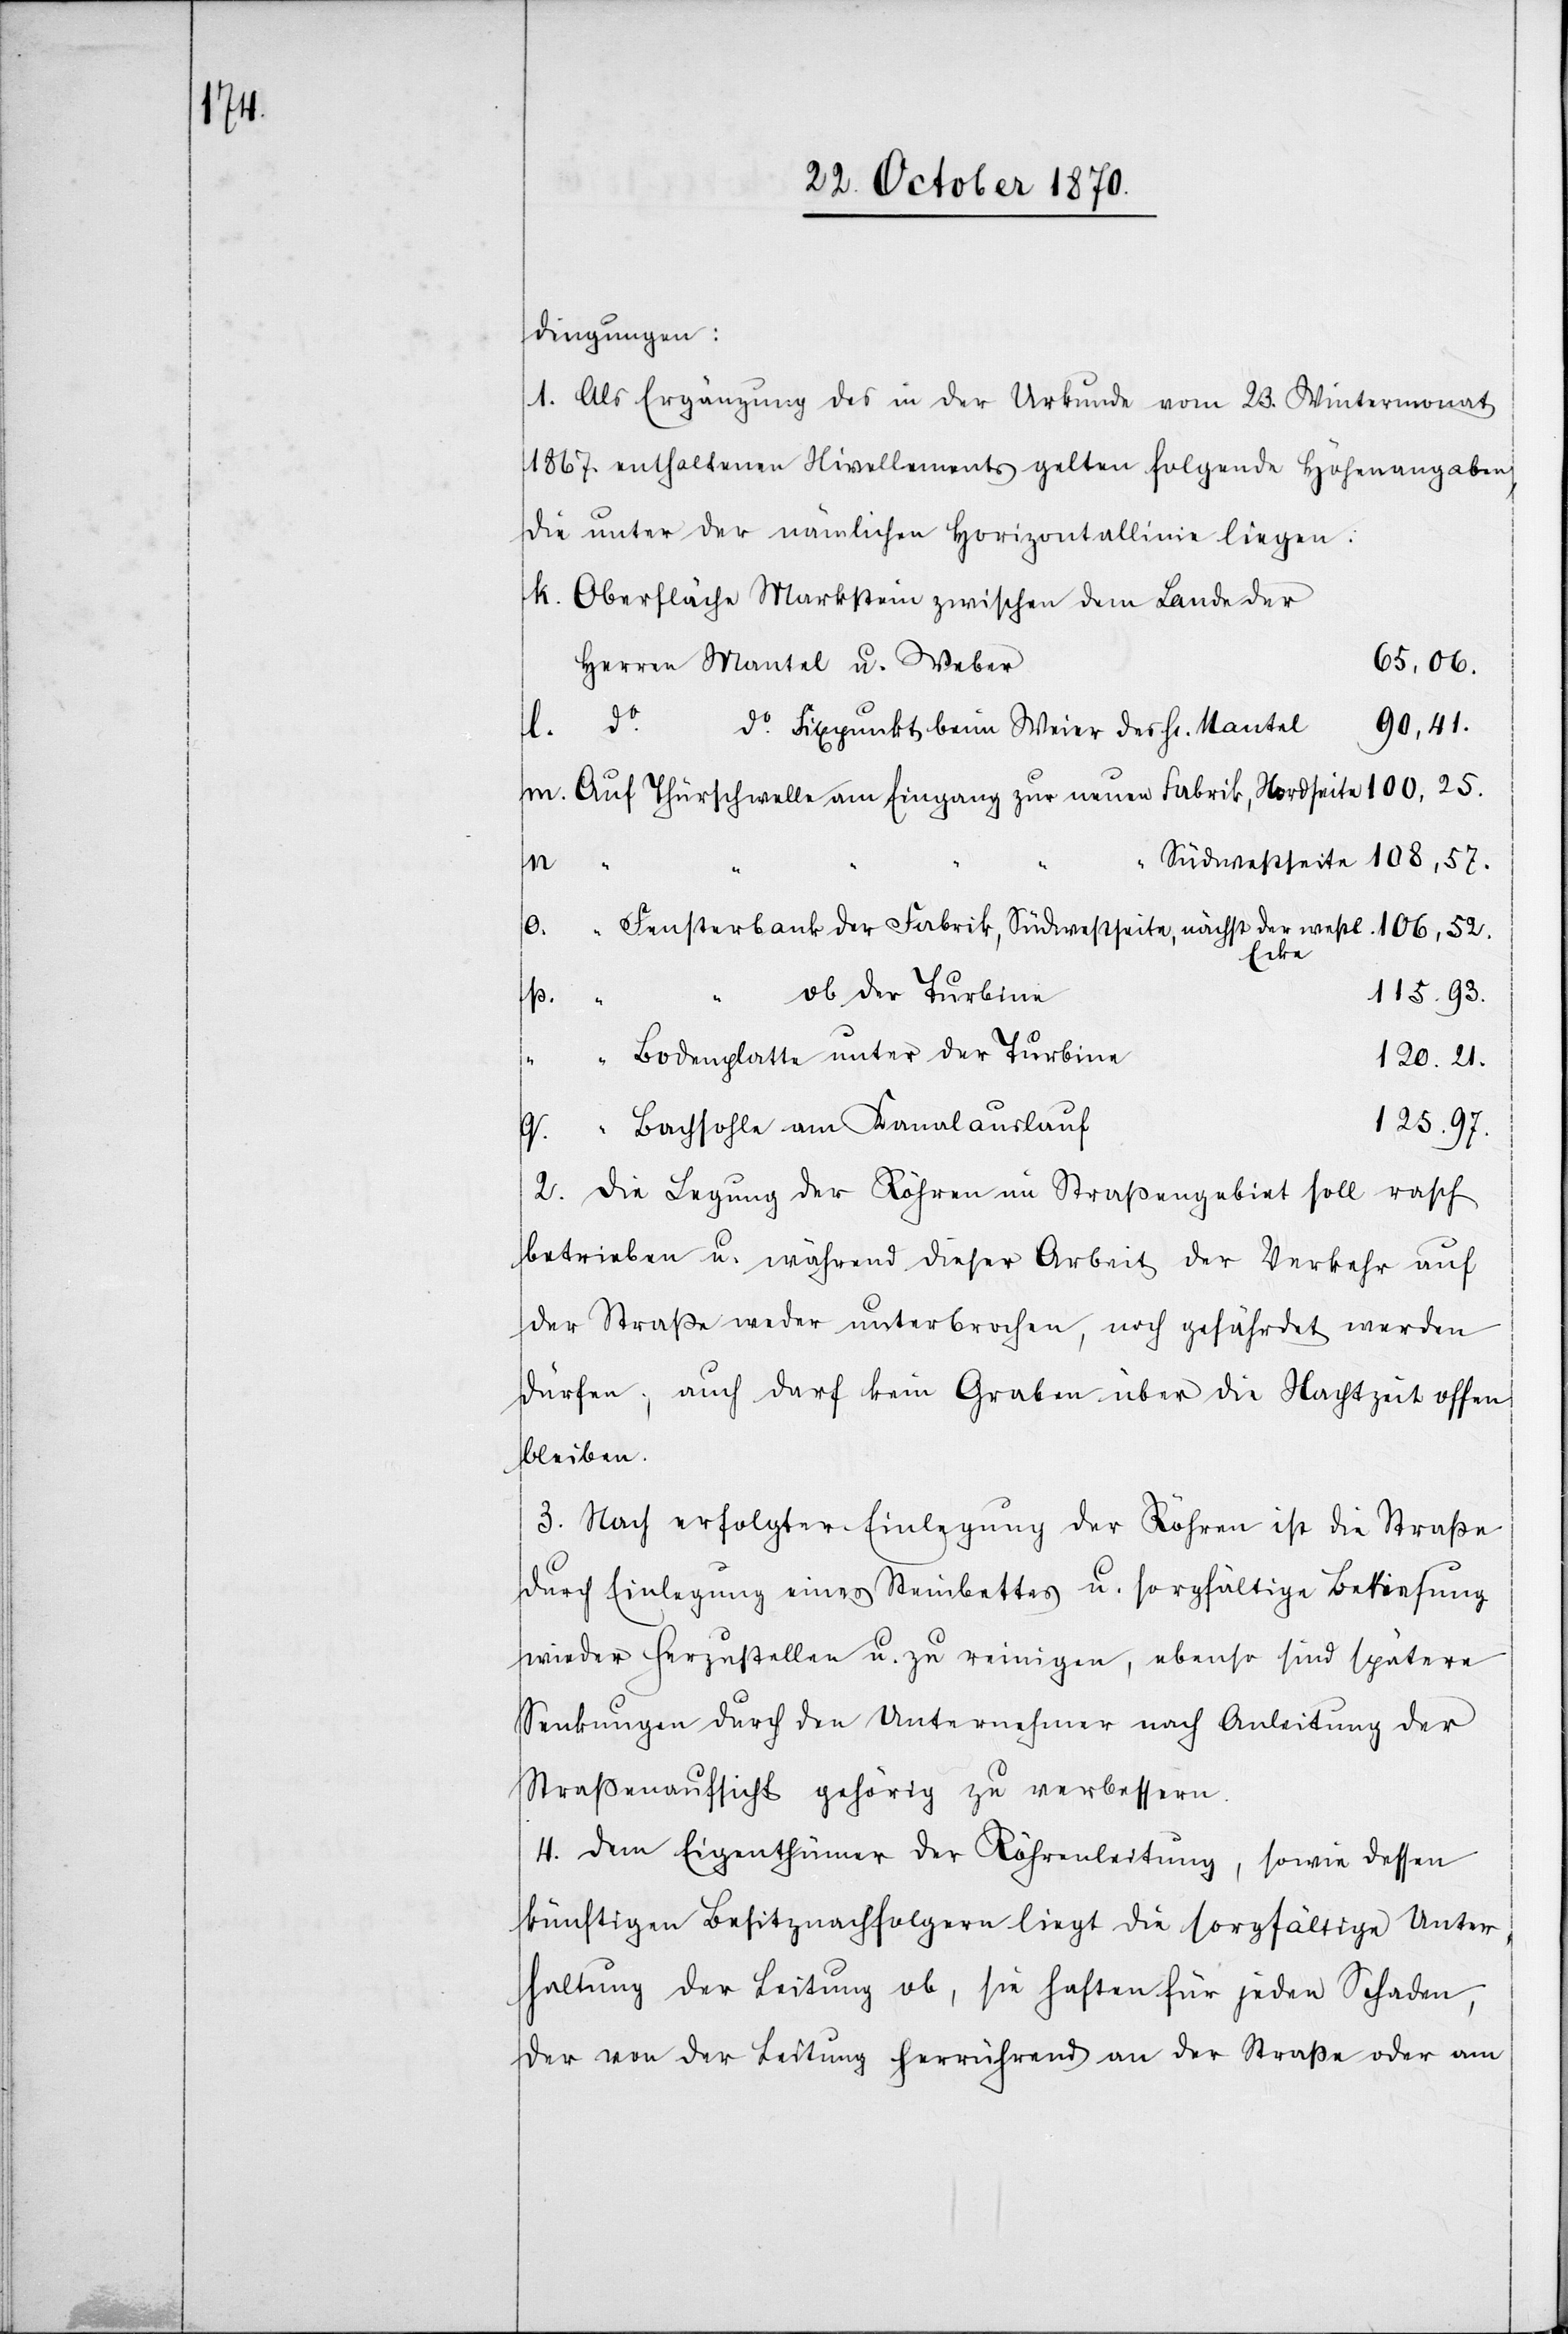
dingungen:
1. Als Ergänzung des in der Urkunde vom 23. Wintermonat
1867. enthaltenen Nivellements gelten folgende Höhenangaben,
die unter der nämlichen Horizontallinie liegen:
k. Oberfläche Markstein zwischen dem Lande der
Herren Mantel u. Weber
65,06.
90,41.
do. Fixpunkte beim Weier des H. Mantel
m. Auf Thürschwelle am Eingang zur neuen Fabrik, Nordseite 100,25.
Südwestseite 108,57.
q.
Fensterbank der Fabrik, Südwestseite, nächst der westl. Ecke 106,52.
ob der Turbine
115,93.
“
p.
Bodenplatte unter der Turbine
120,21.
125.97.
[Auf] Bachsohle am Kanalauslauf
2. Die Legung der Röhren im Straßengebiet soll rasch
betrieben u. während dieser Arbeit der Verkehr auf
der Straße weder unterbrochen, noch gefährdet werden
dürfen; auch darf kein Graben über die Nachtzeit offen
bleiben.
3. Nach erfolgter Einlegung der Röhren ist die Straße
durch Einlegung eines Steinbettes u. sorgfältige Bekiesung
wieder herzustellen u. zu reinigen, ebenso sind spätere
Senkungen durch den Unternehmer nach Anleitung der
Straßenaufsicht gehörig zu verbessern.
4. Dem Eigenthümer der Röhrenleitung, sowie dessen
künftigen Besitznachfolgern liegt die sorgfältige Unter¬
haltung der Leitung ob, sie haften für jeden Schaden,
der von der Leitung herrührend an der Straße oder am